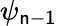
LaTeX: \psi_{\mathsf{n}-1}